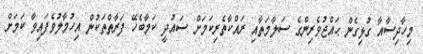
މިހާދިސާއާ ގުޅިގެން ޙައްޖުވެރިންގެ ސަލާމަތާއި ރައްކާތެރިކަމަށް ސައުދީ ކަމާބެހޭ ފަރާތްތަކުން އިހުމާލުވެފައިވާ ކަމަށް